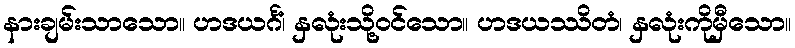
နားချမ်းသာသော။ ဟဒယင်္ဂံ၊ နှလုံးသို့ဝင်သော။ ဟဒယဿိတံ၊ နှလုံးကိုမှီသော။